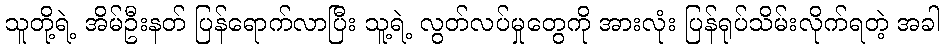
သူတို့ရဲ့ အိမ်ဦးနတ် ပြန်ရောက်လာပြီး သူ့ရဲ့ လွတ်လပ်မှုတွေကို အားလုံး ပြန်ရုပ်သိမ်းလိုက်ရတဲ့ အခါ